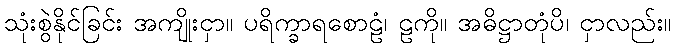
သုံးစွဲနိုင်ခြင်း အကျိုးငှာ။ ပရိက္ခာရစောဠံ၊ ဠကို။ အဓိဋ္ဌာတုံပိ၊ ငှာလည်း။